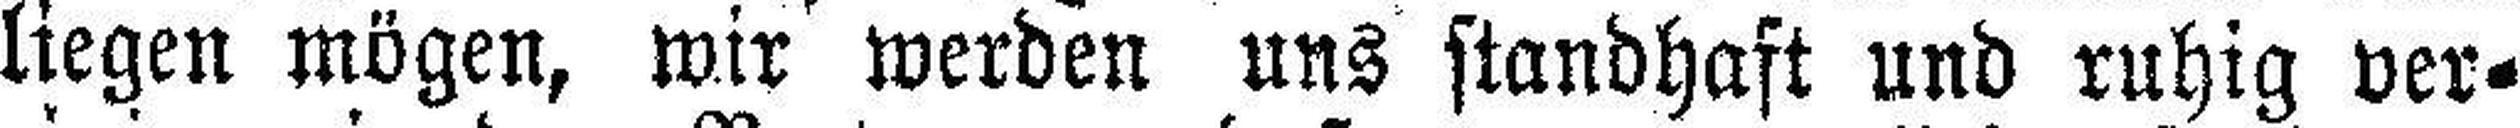
liegen mögen, wir werden uns standhaft und ruhig ver¬